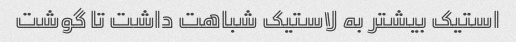
استیک بیشتر به لاستیک شباهت داشت تا گوشت